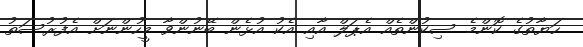
ހަޔާތުގެ ކޮންމެ ސިކުންތެއް އެޕަލް އާއި އެކު އުޅެން ބޭނުންވާ މީހުންނަށް އެފުރުސަތު